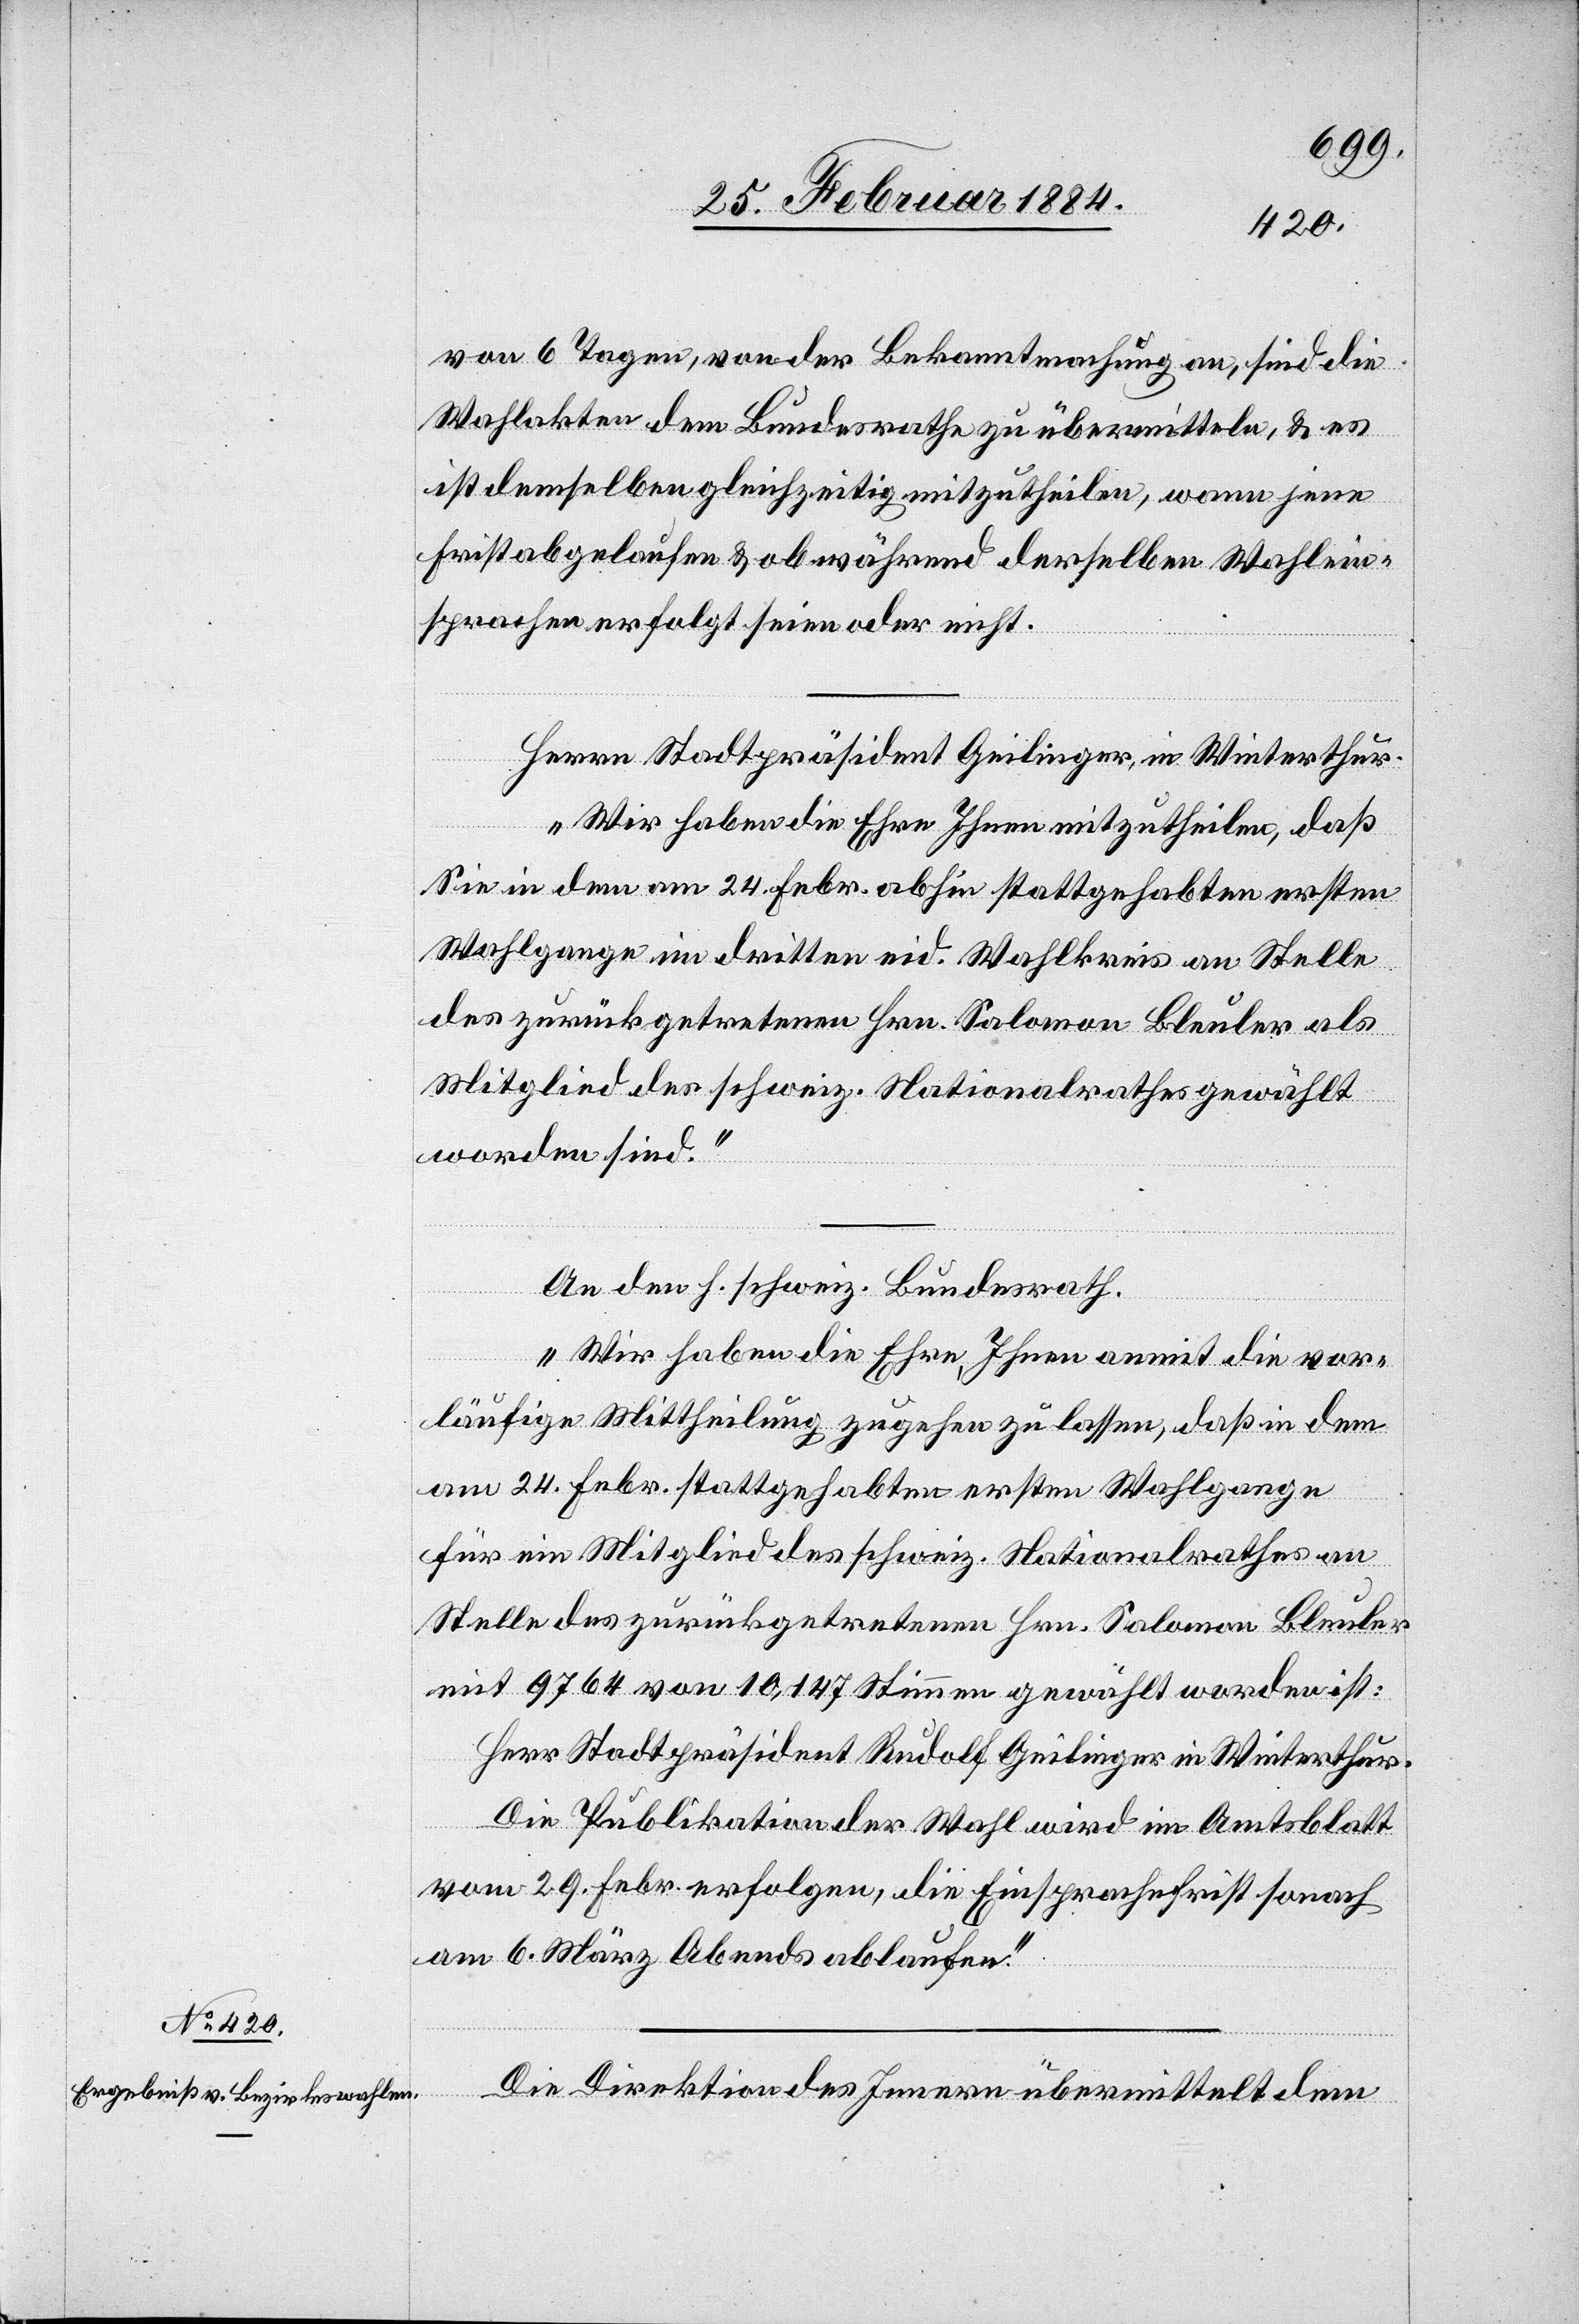
25. Februar 1884.]
von 6 Tagen, von der Bekanntmachung an, sind die
Wahlakten dem Bundesrathe zu übermitteln, & es
ist demselben gleichzeitig mitzutheilen, wann jene
Frist abgelaufen & ob während derselben Wahlein¬
sprachen erfolgt seien oder nicht.
Herrn Stadtpräsident Geilinger, in Winterthur.
„Wir haben die Ehre Ihnen mitzutheilen, daß
Sie in dem am 24. Febr. abhin stattgehabten ersten
Wahlgange im dritten eid. Wahlkreis an Stelle
des zurückgetretenen Hrn. Salomon Bleuler als
Mitglied des schweiz. Nationalrathes gewählt
worden sind.“
An den h. schweiz. Bundesrath.
„Wir haben die Ehre, Ihnen anmit die vor¬
läufige Mittheilung zugehen zu lassen, daß in dem
am 24. Febr. stattgehabten ersten Wahlgange
für ein Mitglied des schweiz. Nationalrathes an
Stelle des zurückgetretenen Hrn. Salomon Bleuler
mit 9764 von 10,147 Stimmen gewählt worden ist:
Herr Stadtpräsident Rudolf Geilinger in Winterthur.
Die Publikation der Wahl wird im Amtsblatt
vom 29. Febr. erfolgen, die Einsprachefrist sonach
am 6. März Abends ablaufen.“
Die Direktion des Innern übermittelt dem